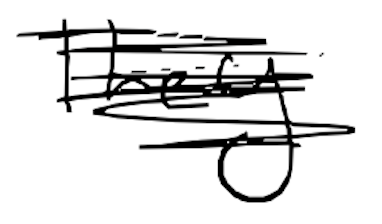
Text: They
Cross-out: scratch
Writing tool: digital_black